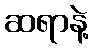
ဆရာနဲ့